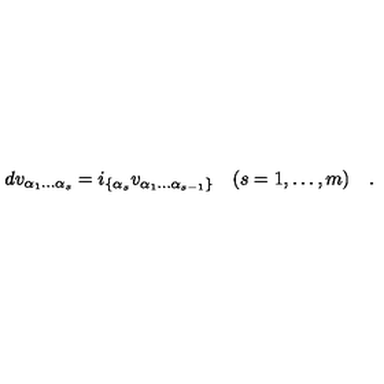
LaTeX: d v _ { \alpha _ { 1 } \dots \alpha _ { s } } = i _ { \{ \alpha _ { s } } v _ { \alpha _ { 1 } \dots \alpha _ { s - 1 } \} } \quad ( s = 1 , \dots , m ) \quad .